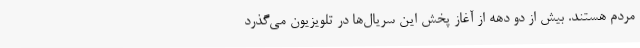
مردم هستند. بیش از دو دهه از آغاز پخش این سریال‌ها در تلویزیون می‌گذرد